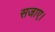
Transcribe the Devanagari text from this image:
सजाए।